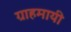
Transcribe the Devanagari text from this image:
ग्राहमायी